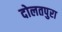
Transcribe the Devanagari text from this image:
दोलतपुरा